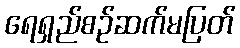
ရေရှည်စဉ်ဆက်မပြတ်